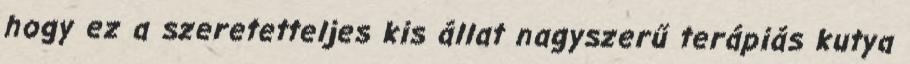
hogy ez a szeretetteljes kis állat nagyszerű terápiás kutya